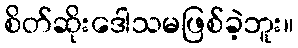
စိတ်ဆိုးဒေါသမဖြစ်ခဲ့ဘူး။